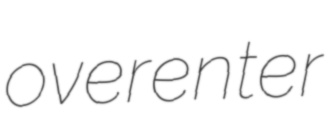
overenter